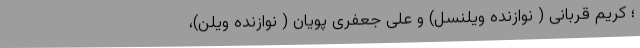
؛ کریم قربانی ( نوازنده ویلنسل) و علی جعفری پویان ( نوازنده ویلن)،